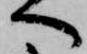
へ